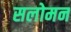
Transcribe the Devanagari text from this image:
सलोमन